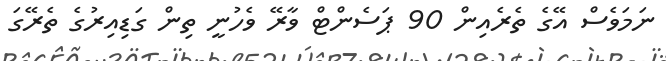
ނަމަވެސް އޭގެ ތެރެއިން 90 ޕަސެންޓް ވާރޭ ވެހުނީ ތިން ގަޑިއިރުގެ ތެރޭގަ